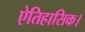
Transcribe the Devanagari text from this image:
ऐतिहासिक।